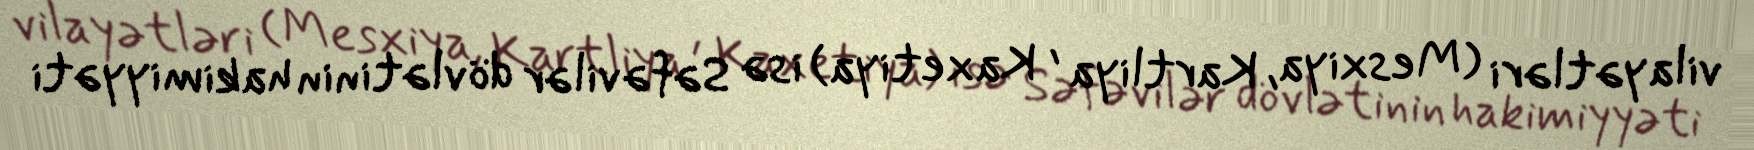
vilayətləri (Mesxiya, Kartliya , Kaxetiya) isə Səfəvilər dövlətinin hakimiyyəti